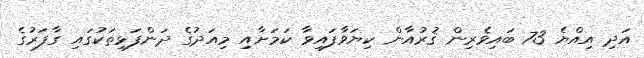
އަދި އިއްޔެ 73 ބައިވެރިން ޤުރުއާން ކިޔަވާފައިވާ ކަމަށާއި މިއަދުގެ ދަންފަޅިތަކުގައި ގާފަރުގެ